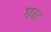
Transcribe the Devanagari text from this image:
घल